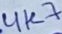
Text: 4K7